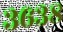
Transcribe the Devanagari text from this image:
३६३८